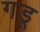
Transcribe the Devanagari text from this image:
गडू